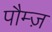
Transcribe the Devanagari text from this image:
पौम्ज़